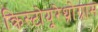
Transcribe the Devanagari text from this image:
क्रिस्टोयूरेथ्रोग्राम